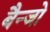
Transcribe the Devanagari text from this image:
बैन्जो